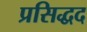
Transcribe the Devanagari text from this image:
प्रसिद्धद